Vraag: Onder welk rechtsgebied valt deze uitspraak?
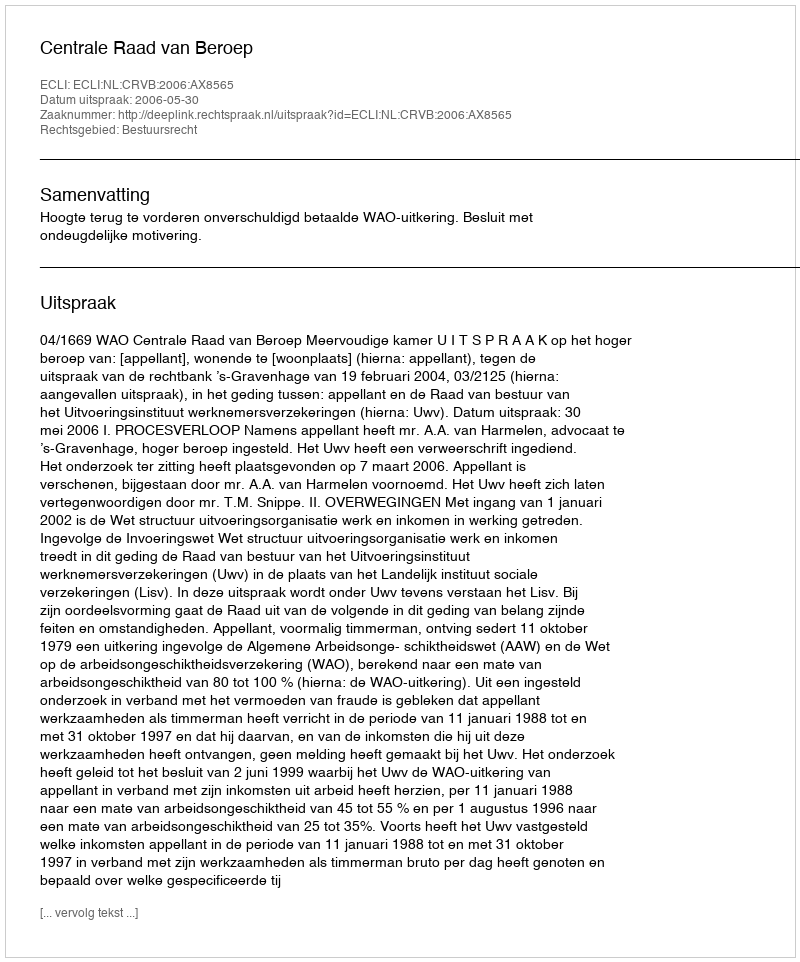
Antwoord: Bestuursrecht